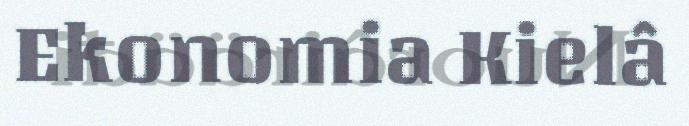
Ekonomia Kielâ